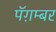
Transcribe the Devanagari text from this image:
पॅग़म्बर